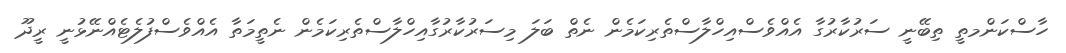
ހާސްކަންމތީ ތިބޭނީ ސަރުކާރުގާ އެއްވެސްއިހްލާސްތެރިކަމެން ނެތް ބަލަ މިސަރުކާރުގާއިހްލާސްތެރިކަމެން ނެތީމަތާ އެއްވެސްފުލެޓެއްނޭޅުނީ ރީދޫ